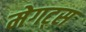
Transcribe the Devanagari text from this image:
मेगट्स